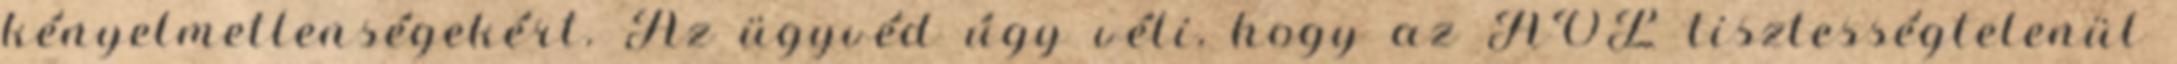
kényelmetlenségekért. Az ügyvéd úgy véli, hogy az AOL tisztességtelenül